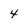
Character: 4